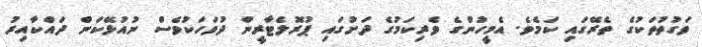
ވަގުތުތަކުގެ ތެރޭގައި ކަމެވެ. އެމީހުންގެ ވެރިކަމުގެ ދަށުގައި ޕުރޮލެޓާރީން ދުވަހަކުވެސް ނުއުޅޭކަން ދައްކާއިރު